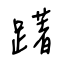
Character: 躇